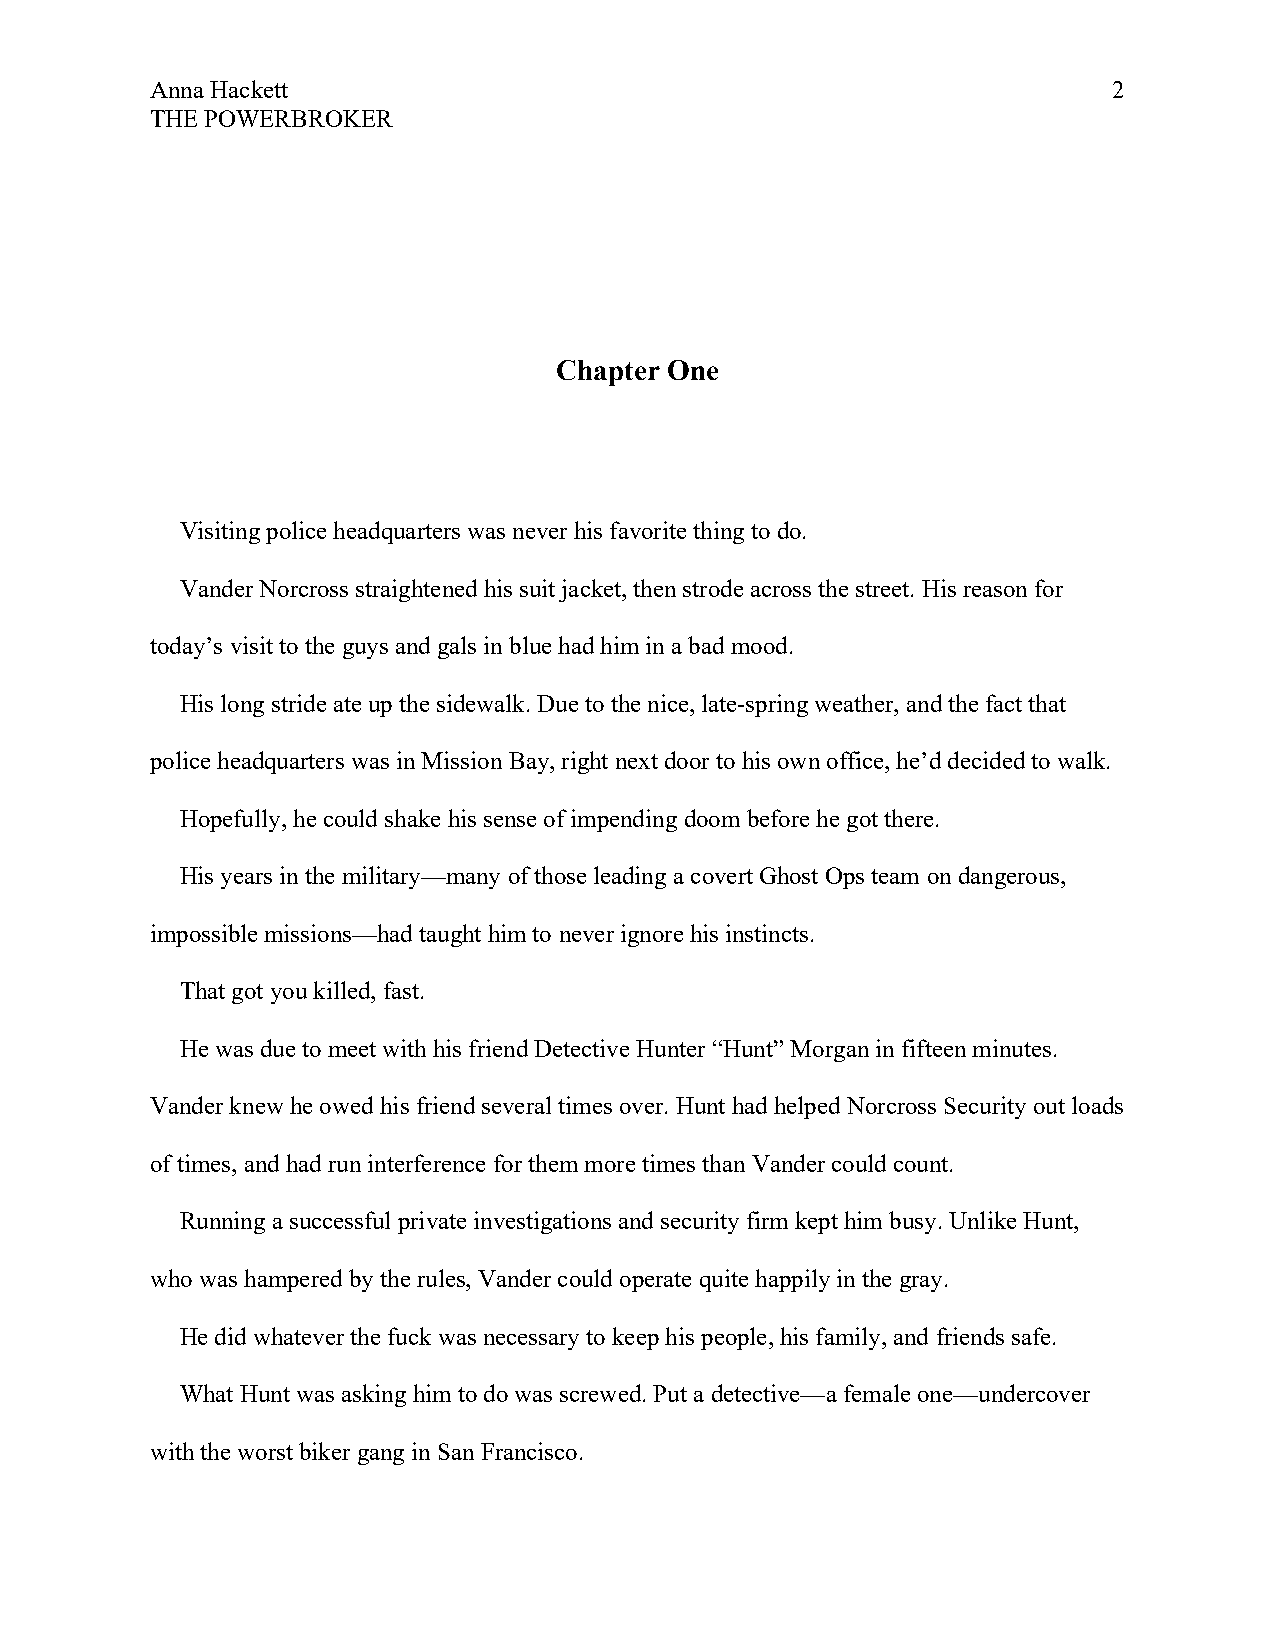
Anna Hackett                                                    2
 THE POWERBROKER
 Chapter One
 Visiting police headquarters was never his favorite thing to do.
 Vander Norcross straightened his suit jacket, then strode across the street. His reason for
 today’s visit to the guys and gals in blue had him in a bad mood.
 His long stride ate up the sidewalk. Due to the nice, late-spring weather, and the fact that
 police headquarters was in Mission Bay, right next door to his own office, he’d decided to walk.
 Hopefully, he could shake his sense of impending doom before he got there.
 His years in the military—many of those leading a covert Ghost Ops team on dangerous,
 impossible missions—had taught him to never ignore his instincts.
 That got you killed, fast.
 He was due to meet with his friend Detective Hunter “Hunt” Morgan in fifteen minutes.
 Vander knew he owed his friend several times over. Hunt had helped Norcross Security out loads
 of times, and had run interference for them more times than Vander could count.
 Running a successful private investigations and security firm kept him busy. Unlike Hunt,
 who was hampered by the rules, Vander could operate quite happily in the gray.
 He did whatever the fuck was necessary to keep his people, his family, and friends safe.
 What Hunt was asking him to do was screwed. Put a detective—a female one—undercover
 with the worst biker gang in San Francisco.